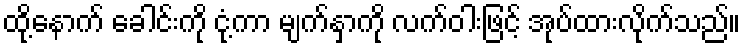
ထို့နောက် ခေါင်းကို ငုံ့ကာ မျက်နှာကို လက်ဝါးဖြင့် အုပ်ထားလိုက်သည်။